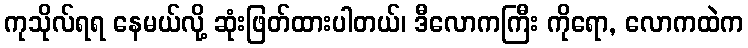
ကုသိုလ်ရရ နေမယ်လို့ ဆုံးဖြတ်ထားပါတယ်၊ ဒီလောကကြီး ကိုရော, လောကထဲက